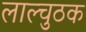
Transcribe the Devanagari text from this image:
लाल्चुठक